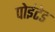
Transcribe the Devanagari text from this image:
पोइंटेड